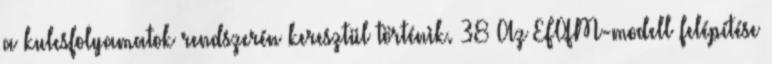
a kulcsfolyamatok rendszerén keresztül történik. 38 Az EFQM-modell felépítése